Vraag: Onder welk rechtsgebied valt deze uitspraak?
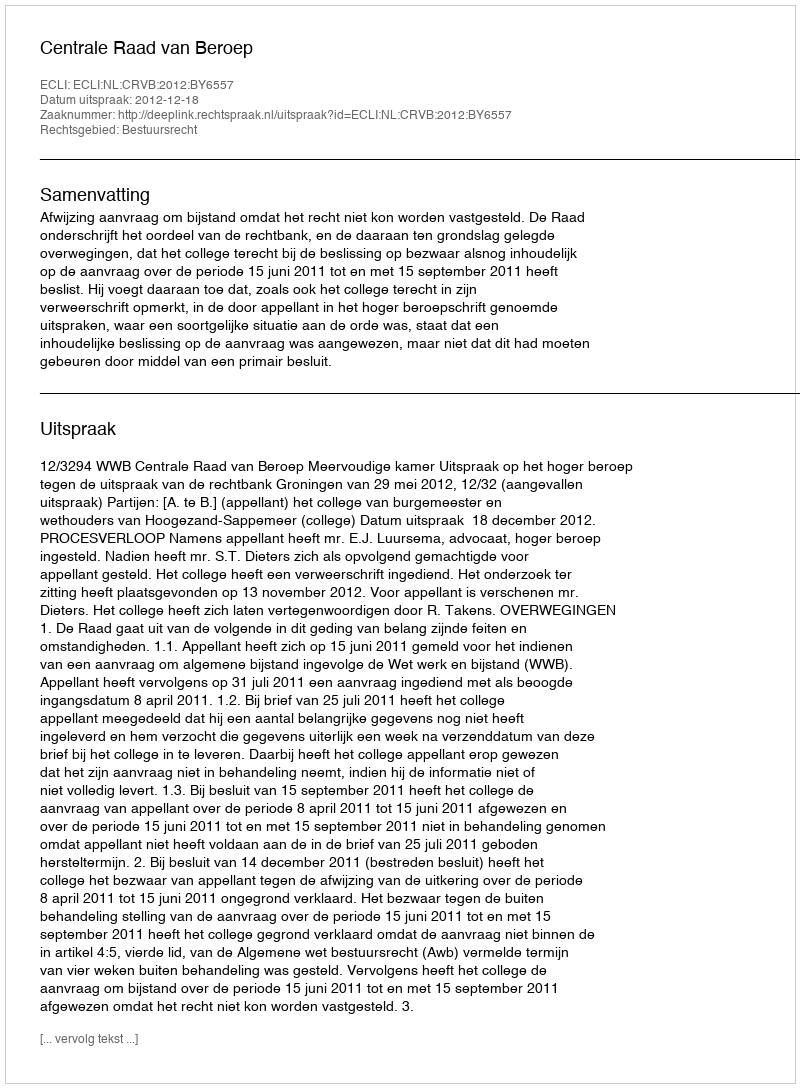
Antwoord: Bestuursrecht